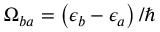
\Omega _ { b a } = \left( \epsilon _ { b } - \epsilon _ { a } \right) / \hbar